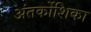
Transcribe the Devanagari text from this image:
अंतर्कोशिका